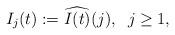
LaTeX: \begin{align*}I_j(t) &:= \widehat{I(t)}(j), \; \; j \geq 1, \end{align*}